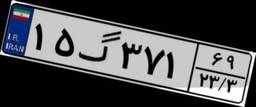
۱۵گ۳۷۱۶۹